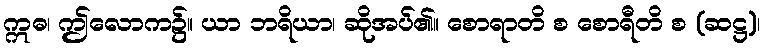
ဣဓ၊ ဤလောက၌။ ယာ ဘရိယာ၊ ဆိုအပ်၏။ စောရာတိ စ စောရီတိ စ (ဆဋ္ဌ)၊